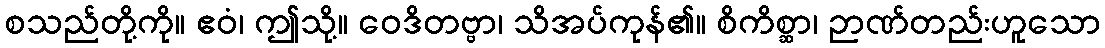
စသည်တို့ကို။ ဧဝံ၊ ဤသို့။ ဝေဒိတဗ္ဗာ၊ သိအပ်ကုန်၏။ စိကိစ္ဆာ၊ ဉာဏ်တည်းဟူသော